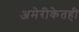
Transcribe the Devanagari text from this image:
अमेरीकेतही